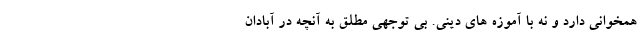
همخوانی دارد و نه با آموزه های دینی. بی توجهی مطلق به آنچه در آبادان